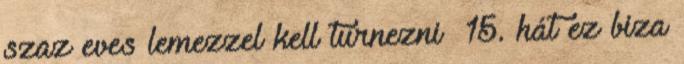
szaz eves lemezzel kell turnezni 15. hát ez biza